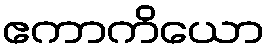
ဧကာကိယော